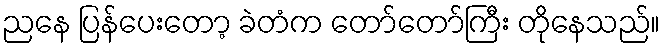
ညနေ ပြန်ပေးတော့ ခဲတံက တော်တော်ကြီး တိုနေသည်။